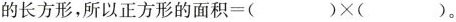
的长方形，所以正方形的面积=( )\times( )。